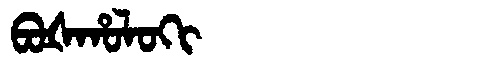
Manchu: ᠪᠣᡧᡥᠣᠯᠣᡴᡳ
Romanization: BOŠHOLOKI